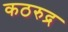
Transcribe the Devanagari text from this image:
कठरुद्र